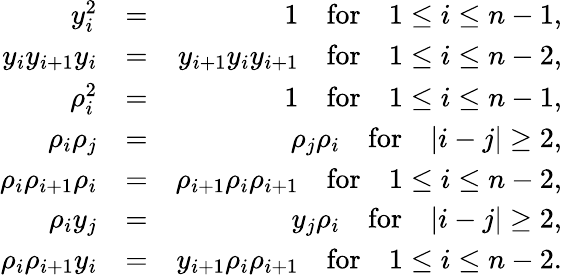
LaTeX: \begin{array}{rlr}{y_{i}^{2}}&{=}&{1\quad\textrm{for}\quad 1\le i\le n-1,}\\ {y_{i}y_{i+1}y_{i}}&{=}&{y_{i+1}y_{i}y_{i+1}\quad\textrm{for}\quad 1\le i\le n-2,}\\ {\rho_{i}^{2}}&{=}&{1\quad\textrm{for}\quad 1\le i\le n-1,}\\ {\rho_{i}\rho_{j}}&{=}&{\rho_{j}\rho_{i}\quad\textrm{for}\quad|i-j|\geq 2,}\\ {\rho_{i}\rho_{i+1}\rho_{i}}&{=}&{\rho_{i+1}\rho_{i}\rho_{i+1}\quad\textrm{for}\quad 1\le i\le n-2,}\\ {\rho_{i}y_{j}}&{=}&{y_{j}\rho_{i}\quad\textrm{for}\quad|i-j|\geq 2,}\\ {\rho_{i}\rho_{i+1}y_{i}}&{=}&{y_{i+1}\rho_{i}\rho_{i+1}\quad\textrm{for}\quad 1\le i\le n-2.}\end{array}